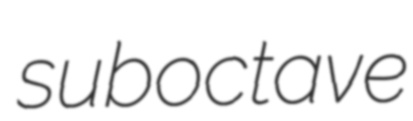
suboctave